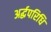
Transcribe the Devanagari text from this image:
अर्द्धपरिधि